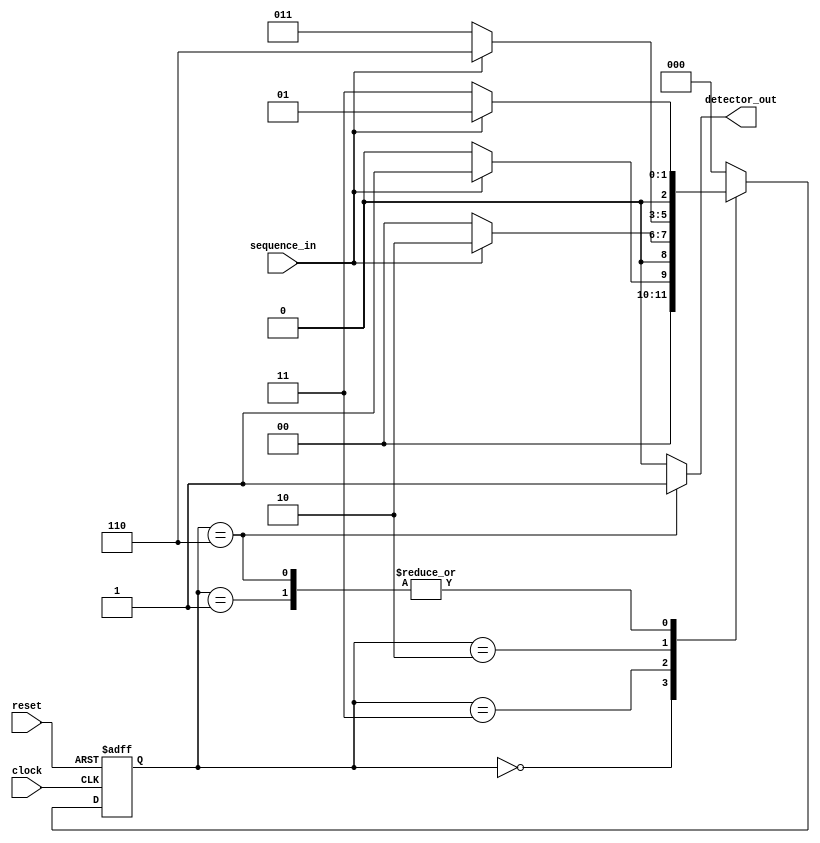
`timescale 1ns / 1ps
//////////////////////////////////////////////////////////////////////////////////
// Company: 
// Engineer: 
// 
// Design Name: 
// Module Name: sequence_det
// Project Name: 
// Target Devices: 
// Tool Versions: 
// Description: 
// 
// Dependencies: 
// 
// Revision:
// Revision 0.01 - File Created
// Additional Comments:
// 
//////////////////////////////////////////////////////////////////////////////////


module sequence_det_moore(sequence_in,clock,reset,detector_out);
input clock,reset,sequence_in;
output reg detector_out;
parameter Zero=3'b000,One=3'b001,OneZero=3'b011,OneZeroOne=3'b010,OneZeroOneOne=3'b110;
reg [2:0] current_state,next_state;

always@(posedge clock,posedge reset)
begin 
if(reset==1)
current_state<=Zero;
else
current_state<=next_state;
end

always@(current_state,sequence_in)
begin
case(current_state)
Zero:begin
if(sequence_in==1)
next_state=One;
else
next_state=Zero;
end
One:begin
if(sequence_in==0)
next_state=OneZero;
else
next_state=One;
end
OneZero: begin
if(sequence_in==0)
next_state=Zero;
else
next_state=OneZeroOne;
end
OneZeroOne:begin
if(sequence_in==0)
next_state=OneZero;
else
next_state=OneZeroOneOne;
end
OneZeroOneOne:begin
if(sequence_in==0)
next_state= OneZero;
else
next_state=One;
end
default: next_state=Zero;
endcase
end

always@(current_state)
begin
case(current_state)
Zero: detector_out=0;
One: detector_out=0;
OneZero: detector_out=0;
OneZeroOne: detector_out=0;
OneZeroOneOne: detector_out=1;
default: detector_out=0;
endcase
end
endmodule